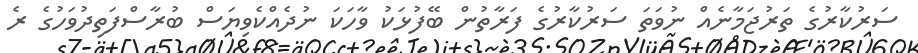
ސަރުކާރުގެ ތަރުޖަމާނެއް ނުވަތަ ސަރުކާރުގެ ފަރާތުން ބޭފުޅަކު ވާހަކަ ނުދެއްކެވިޔަސް ބުރާސްފަތިދުވަހުގެ ރެ